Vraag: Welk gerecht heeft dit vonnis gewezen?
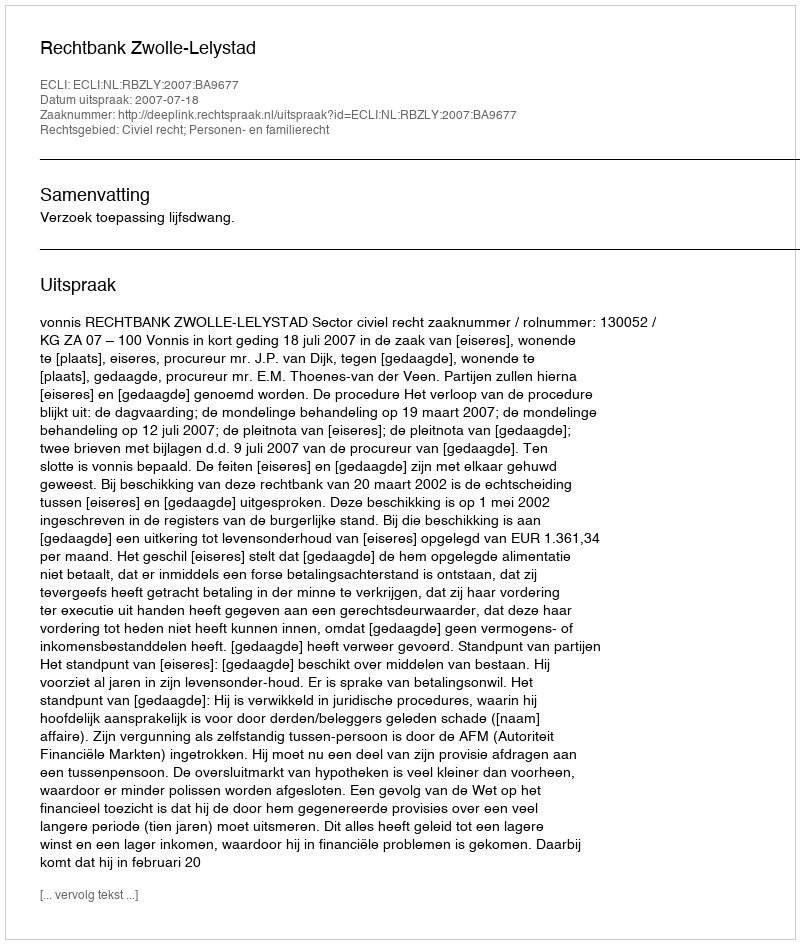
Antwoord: Rechtbank Zwolle-Lelystad